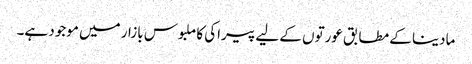
مادینا کے مطابق عورتوں کے لیے پیراکی کا ملبوس بازار میں موجود ہے۔